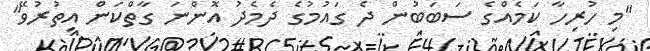
"މި ހުރިހާ ކަމެއްގެ ސަބަބުން ދެ ގައުމުގެ ދެމެދު އޮންނަ ގާތްކަން އިތުރުވޭ"